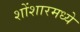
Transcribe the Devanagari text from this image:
शोंशारमध्ये